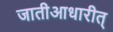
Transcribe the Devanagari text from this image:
जातीआधारीत्